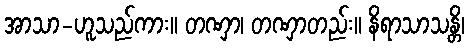
အာသာ-ဟူသည်ကား။ တဏှာ၊ တဏှာတည်း။ နိရာသာသန္တိ၊